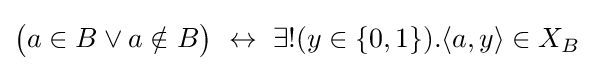
{\big (}a\in B\lor a\notin B{\big )}\ \leftrightarrow \ \exists !(y\in \{0,1\}).\langle a,y\rangle \in X_{B}